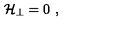
{ \cal H } _ { \perp } = 0 \ ,